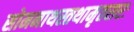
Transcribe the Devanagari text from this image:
सोमनाथस्तथामृतसरः